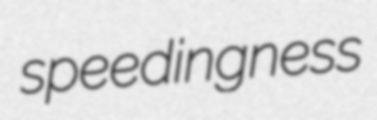
speedingness